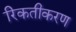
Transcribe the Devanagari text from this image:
रिकतीकरण